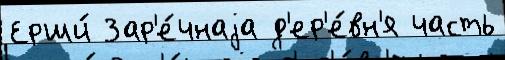
Ерши́ Зар'е́чнаjа д'ер'е́вн'я часть